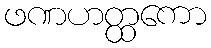
ဖဏဟတ္ထကော